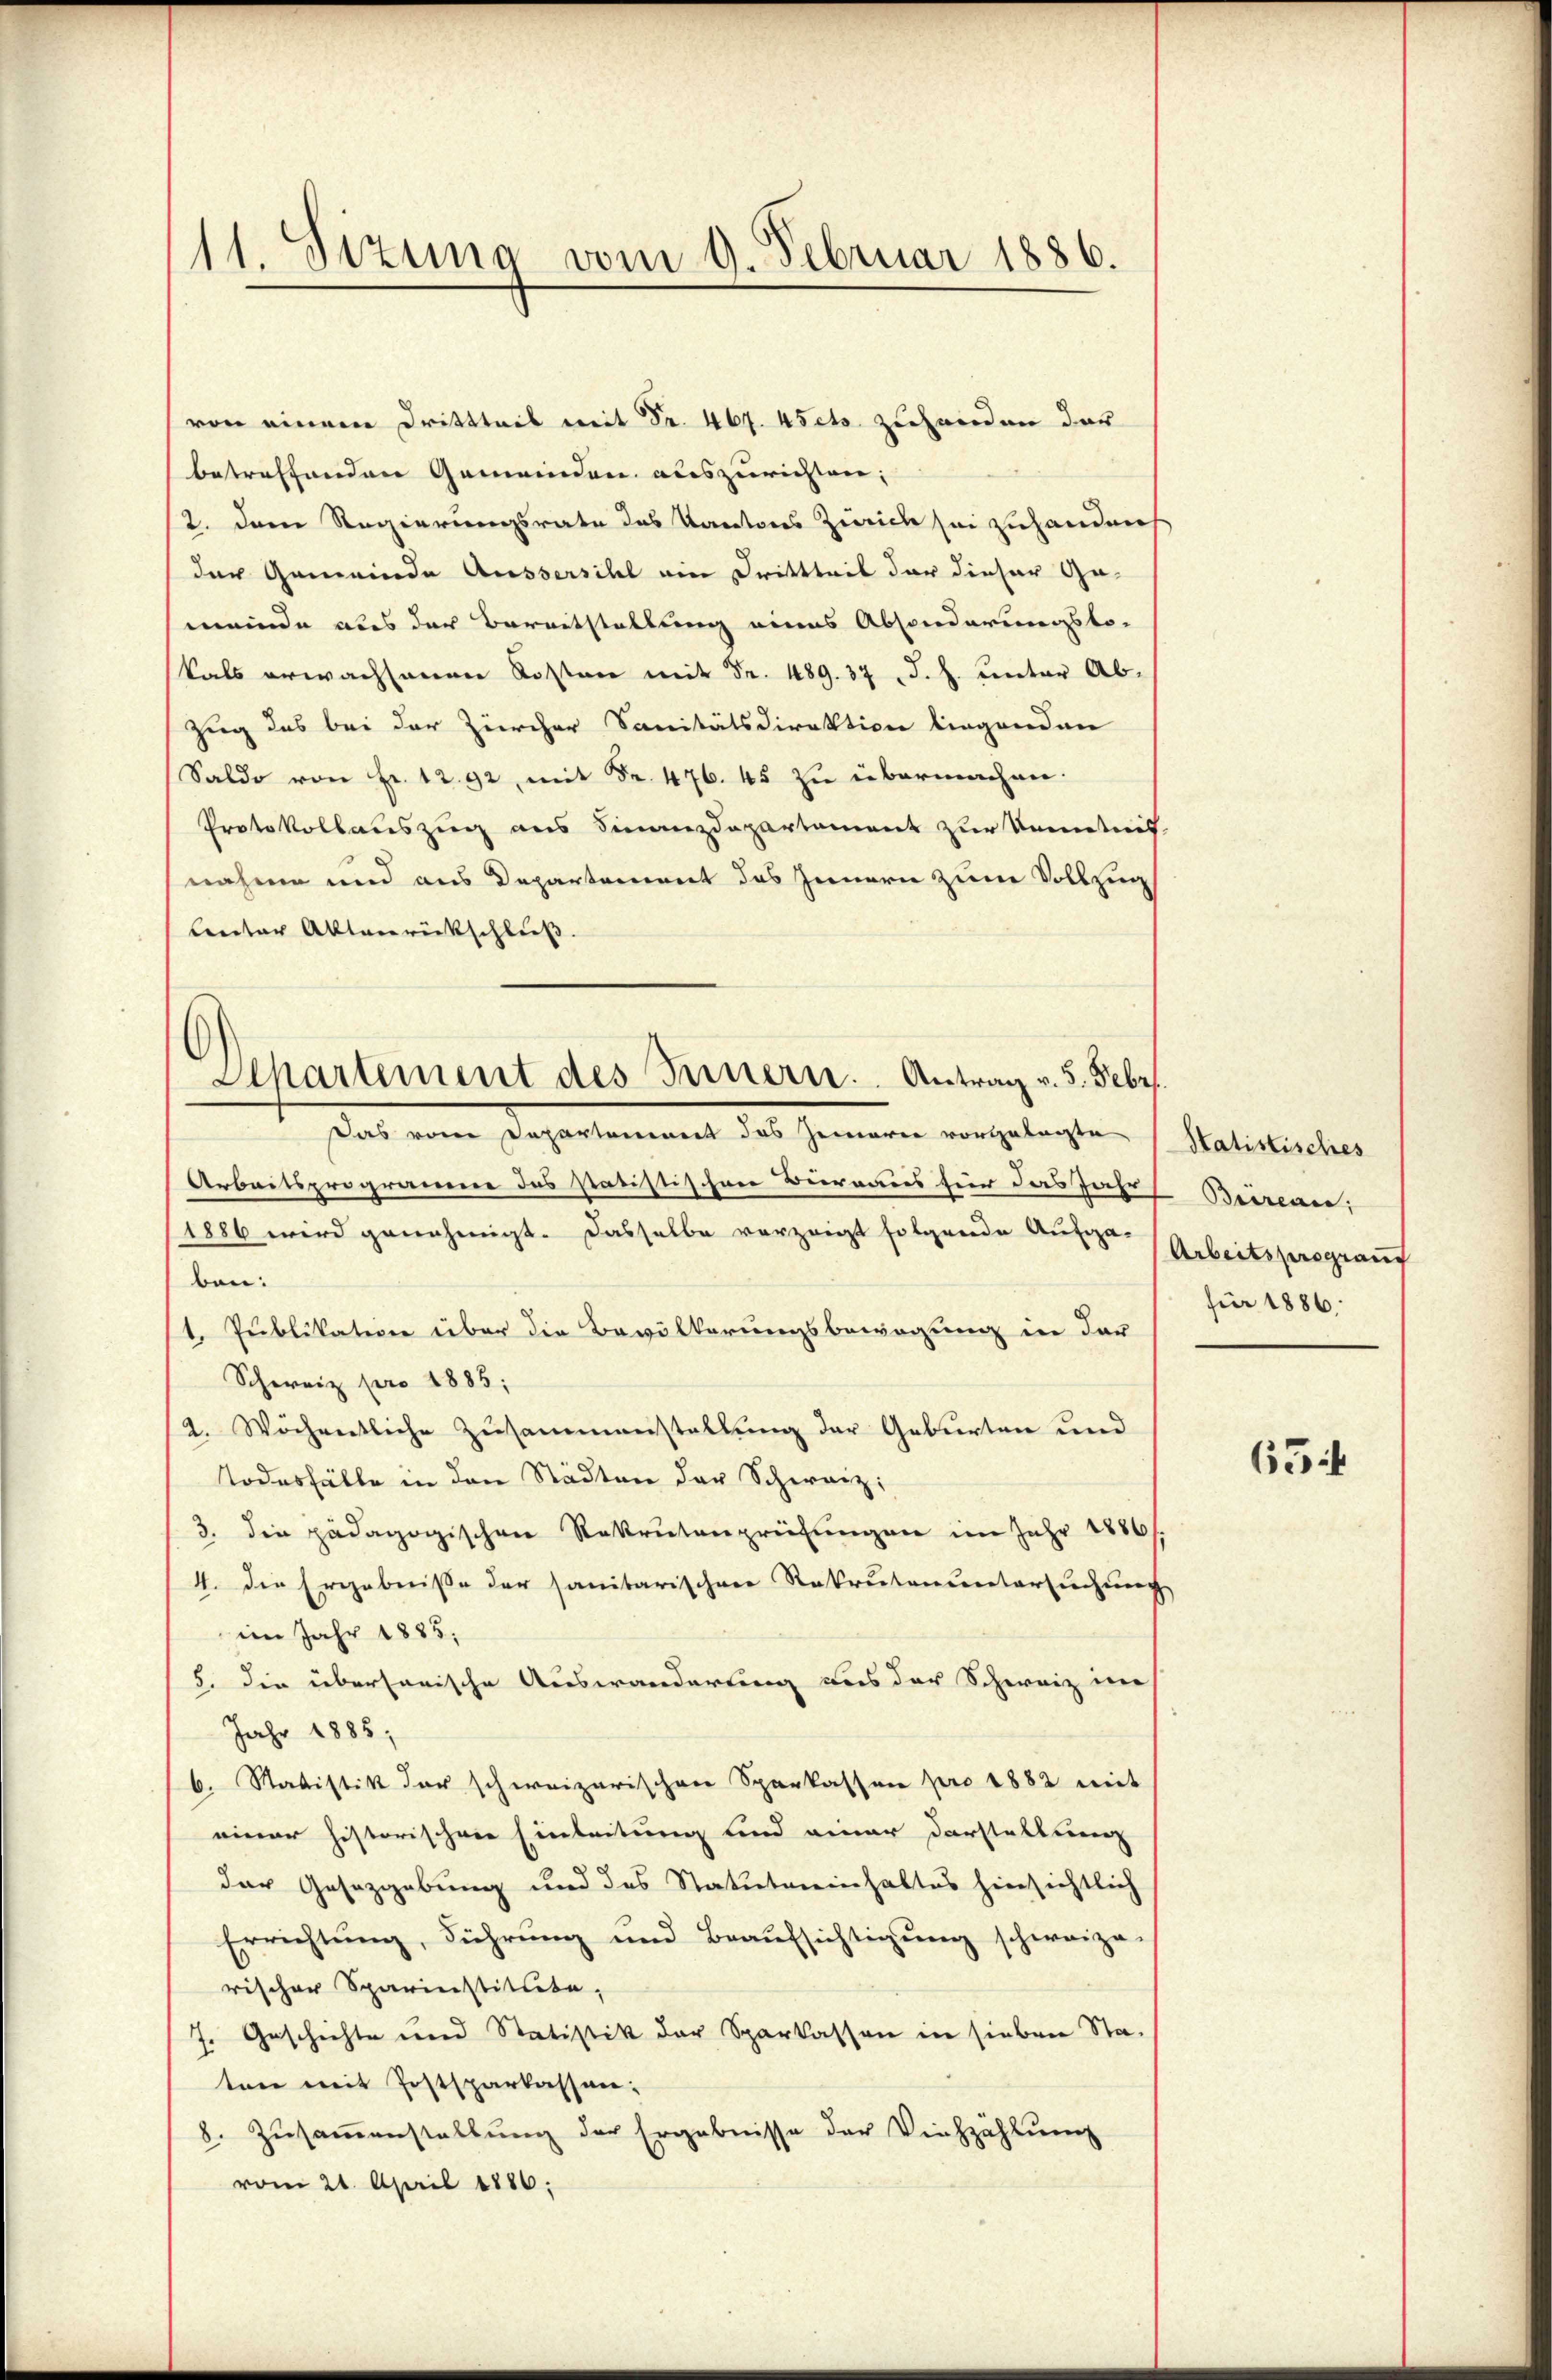
11. Sizung vom 9. Februar 1886.

von einem Drittteil mit Fr. 467. 4sets zuhanden das
betreffenden Gemeinden auszurichten;
2. Dem Regierungsrate das Kantons Zürich sei zuhanden
der Gemeinde Aussersihl ein Drittheil der dieser Ge-
meinde aus der Bereitstellung eines Absonderungsto-
kals erwachsamen Kosten mit Fr. 489. 37 J. H. unter Ab¬
Zug des bei der Zürcher Sanitätsdirektion liegenden
Saldo von Fr. 12. 92, mit Fr. 476. 45 zu übermachen.
Protokollauszug aus Finanzdepartement zur Kenntnis
nahme und aus Departement das Innern zum Vollzug
lentar Aktenrückschluß.
Arbeitsprogramme des statistischen Büreaus für das Jahr
1886 wird genehmigt. Dasselbe vorzeigt folgende Aufga-
ben:
1. Publikation über die Bevölkerungsbewegung in der
Schweiz pro 1885;
2. Wochentliche Zusammenstellung der Geburten und
Todesfälle in den Städten der Schweiz,
3. die pädagogischen Rekrutenprüfŭngen im Jahr 1886/
4. die Ergebnisse der sanitarischen Rekrutenuntersuchung
im Jahr 1885.
5. Die übersarische Auswanderung aus der Schweiz in
Jahr 1885;
6. Statistik der schweizerischen Sparkassen pro 1882 mit
einer historischen Einleitung und einer Darstellung
der Gesetzgebung und des Statutmeinhaltes hinsichtlich
Errichtŭng, Führŭng und Beaŭfsichtigŭng schweize-
rischer Sparinstitute,
J. Geschichte und Statistik der Sparkassen in sieben Sta-
ten mit Postsparkassen:
8. Zŭsaṁenstellung der Ergebnisse der Viehzählung
vom 21. April 1886:

Departement des Innern. Antrag v. 5. Febr.
Das vom Departement das Zemarie vorgelegte

Satistisches
Brirean:
Arbeitsprograut
für 1886

65